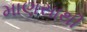
માણસાથી